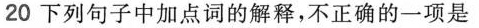
20 下列句子中加点词的解释，不正确的一项是